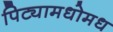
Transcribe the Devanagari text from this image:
पिट्यामधोमध